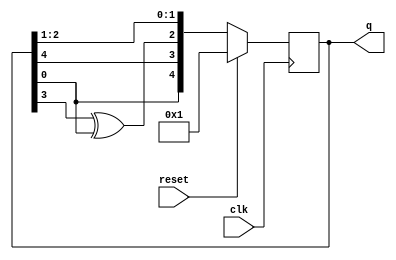
module top_module(
    // RESET & CLOCK
    input clk,
    input reset,    // Active-high synchronous reset to 5'h1
    // OUTPUT INTERFACE
    output [4:0] q
);

    localparam INITVALUE = 5'b00001;

    wire [4:0] d;

    always @(posedge clk) begin
        if(reset)
            q <= INITVALUE;
        else
            q <= {q[0], q[4], q[3] ^ q[0], q[2], q[1]};
    end

endmodule